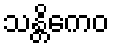
သန္တိကေဝ